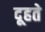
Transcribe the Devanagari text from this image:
दूहते